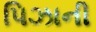
પિઝાની